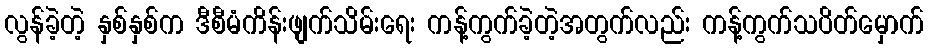
လွန်ခဲ့တဲ့ နှစ်နှစ်က ဒီစီမံကိန်းဖျက်သိမ်းရေး ကန့်ကွက်ခဲ့တဲ့အတွက်လည်း ကန့်ကွက်သပိတ်မှောက်